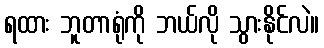
ရထား ဘူတာရုံကို ဘယ်လို သွားနိုင်လဲ။